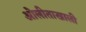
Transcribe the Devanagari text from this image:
ओलीताखाली